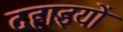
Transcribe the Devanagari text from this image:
दहाइयों